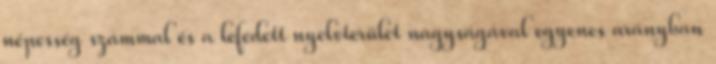
népesség számmal és a lefedett nyelvterület nagyságával egyenes arányban